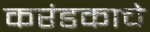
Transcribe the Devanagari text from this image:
करंडकाचे